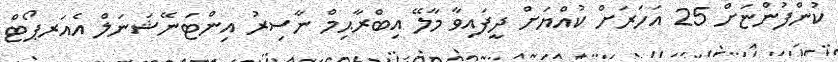
ކުންފުންޏަށް 25 އަހަރަށް ކުއްޔަށް ދީފައިވާ މާލޭ އިބްރާޙިމް ނާސިރު އިންޓަނޭޝަނަލް އެއަރޕޯޓް